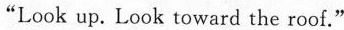
“Look up. Look toward the roof."